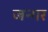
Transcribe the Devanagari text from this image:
जन्गर